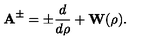
{ \bf A } ^ { \pm } = \pm \frac { d } { d \rho } + { \bf W } ( \rho ) .